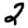
Digit: 2